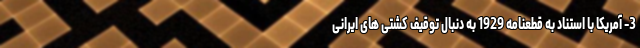
3- آمریکا با استناد به قطعنامه 1929 به دنبال توقیف کشتی های ایرانی